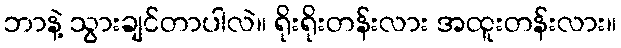
ဘာနဲ့ သွားချင်တာပါလဲ။ ရိုးရိုးတန်းလား အထူးတန်းလား။